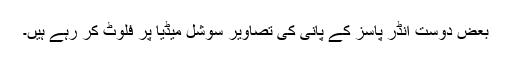
بعض دوست انڈر پاسز کے پانی کی تصاویر سوشل میڈیا پر فلوٹ کر رہے ہیں۔